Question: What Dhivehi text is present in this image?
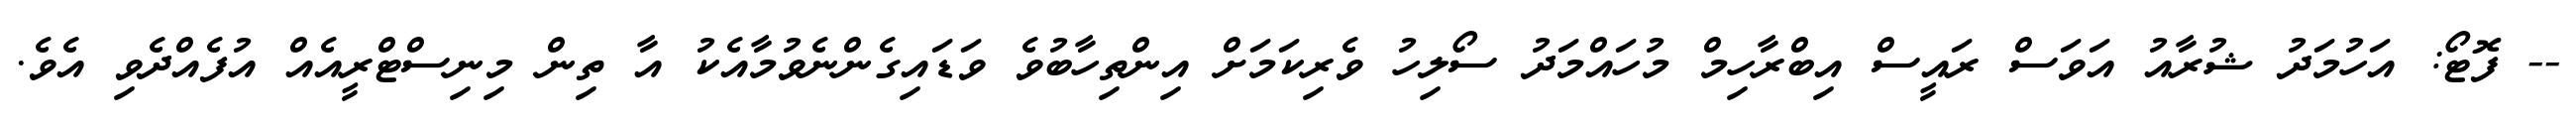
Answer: -- ފޮޓޯ: އަހުމަދު ޝުރާއު އަވަސް ރައީސް އިބްރާހިމް މުހައްމަދު ސޯލިހު ވެރިކަމަށް އިންތިހާބުވެ ވަޑައިގެންނެވުމާއެކު އާ ތިން މިނިސްޓްރީއެއް އުފެއްދެވި އެވެ.